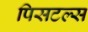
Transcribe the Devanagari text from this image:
पिसटल्स